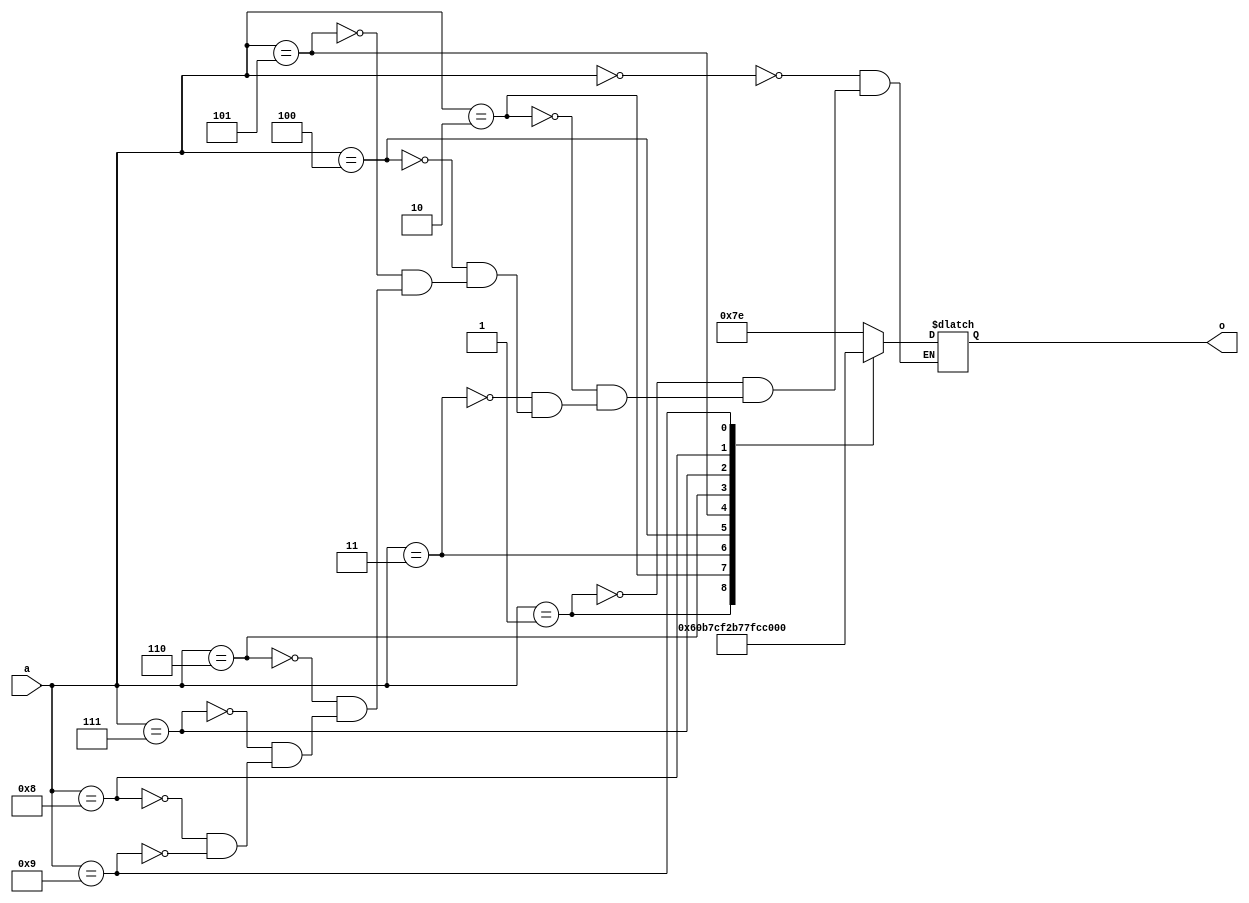
module seven(input [3:0]a,output [6:0]o);
reg [6:0]d;
assign o=d;
always @(*) begin
case (a)
4'b0000:begin
	d=7'b1111110;
	end
4'b0001:begin
	d=7'b1100000;
	end
4'b0010:begin
	d=7'b1011011;
	end
4'b0011:begin
	d=7'b1110011;
	end
4'b0100:begin
	d=7'b1100101;
	end
4'b0101:begin
	d=7'b0110111;
	end
4'b0110:begin
	d=7'b0111111;
	end
4'b0111:begin
	d=7'b1110010;
	end
4'b1000:begin
	d=7'b1111111;
	end
4'b1001:begin
	d=7'b1110111;
	end
endcase
end
endmodule